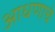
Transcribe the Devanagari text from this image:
आधणाचे